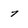
Character: 7